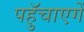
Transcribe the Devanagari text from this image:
पहुॅचाएगें